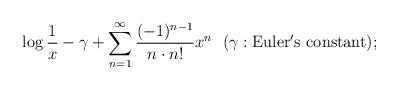
LaTeX: \begin{align*}\log \frac{1}{x}-\gamma+\sum_{n=1}^{\infty} \frac{(-1)^{n-1}}{n\cdot n!}x^{n}\ \ (\gamma: \rm{Euler's\ constant});\end{align*}